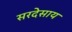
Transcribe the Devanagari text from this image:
सरदेसाय